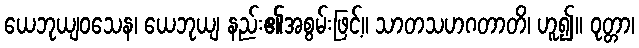
ယေဘုယျဝသေန၊ ယေဘုယျ နည်း၏အစွမ်းဖြင့်။ သာတသဟဂတာတိ၊ ဟူ၍။ ဝုတ္တာ၊